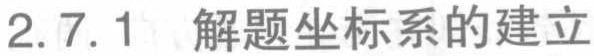
2.7.1 解题坐标系的建立